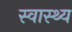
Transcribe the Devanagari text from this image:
स्‍वास्थ्य